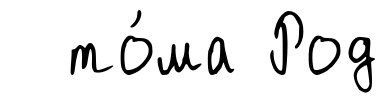
то́ма Род